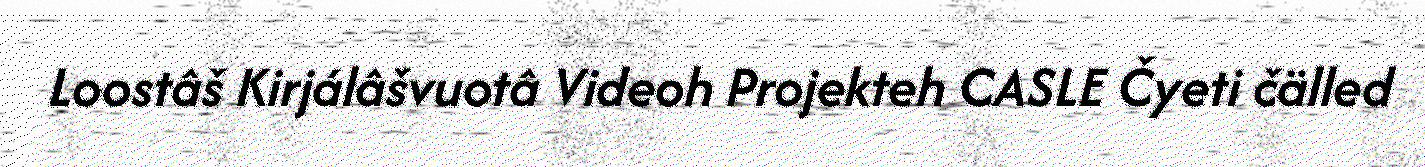
Loostâš Kirjálâšvuotâ Videoh Projekteh CASLE Čyeti čälled